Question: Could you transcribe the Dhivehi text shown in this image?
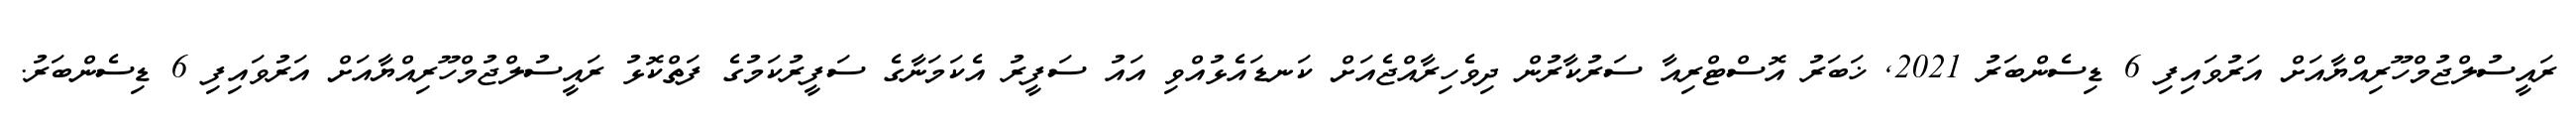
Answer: ރައީސުލްޖުމްހޫރިއްޔާއަށް އަރުވައިފި 6 ޑިސެންބަރު 2021, ޚަބަރު އޮސްޓްރިއާ ސަރުކާރުން ދިވެހިރާއްޖެއަށް ކަނޑައެޅުއްވި އައު ސަފީރު އެކަމަނާގެ ސަފީރުކަމުގެ ފަތްކޮޅު ރައީސުލްޖުމްހޫރިއްޔާއަށް އަރުވައިފި 6 ޑިސެންބަރު.